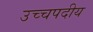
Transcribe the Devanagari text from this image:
उच्चपदीय